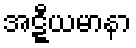
အဋ္ဋီယမာနာ